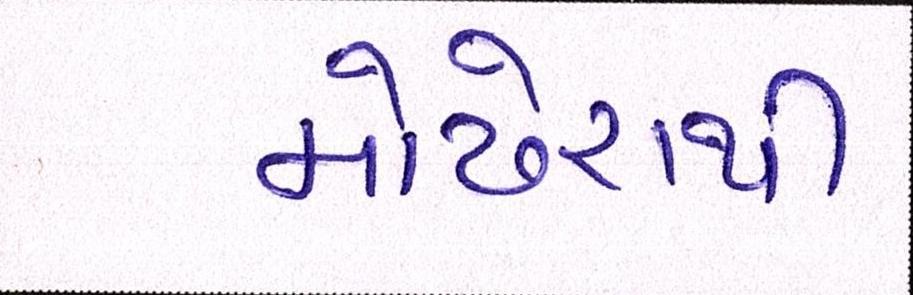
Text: મોઢેરાથી